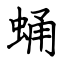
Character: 蛹